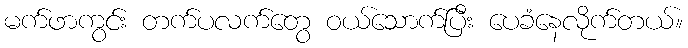
မက်ဖာကွင်း တက်ပလက်တွေ ဝယ်သောက်ပြီး ပေခံနေလိုက်တယ်။